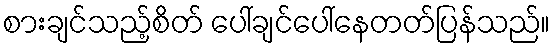
စားချင်သည့်စိတ် ပေါ်ချင်ပေါ်နေတတ်ပြန်သည်။